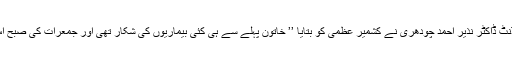
صدر اسپتال سرینگر کے میڈیکل سپر انٹنڈنٹ ڈاکٹر نذیر احمد چودھری نے کشمیر عظمیٰ کو بتایا ’’ خاتون پہلے سے ہی کئی بیماریوں کی شکار تھی اور جمعرات کی صبح اس کو نمونیا کی وجہ سے اسپتال لایا گیا‘‘۔